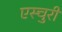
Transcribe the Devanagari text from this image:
एस्चुरी